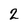
Character: 2